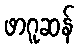
ဖာဂူဆန်